Report of the Municipal Commissioner on the plague in Bombay for the year ending 31st May... - Volume 1
Disease focus: Plague
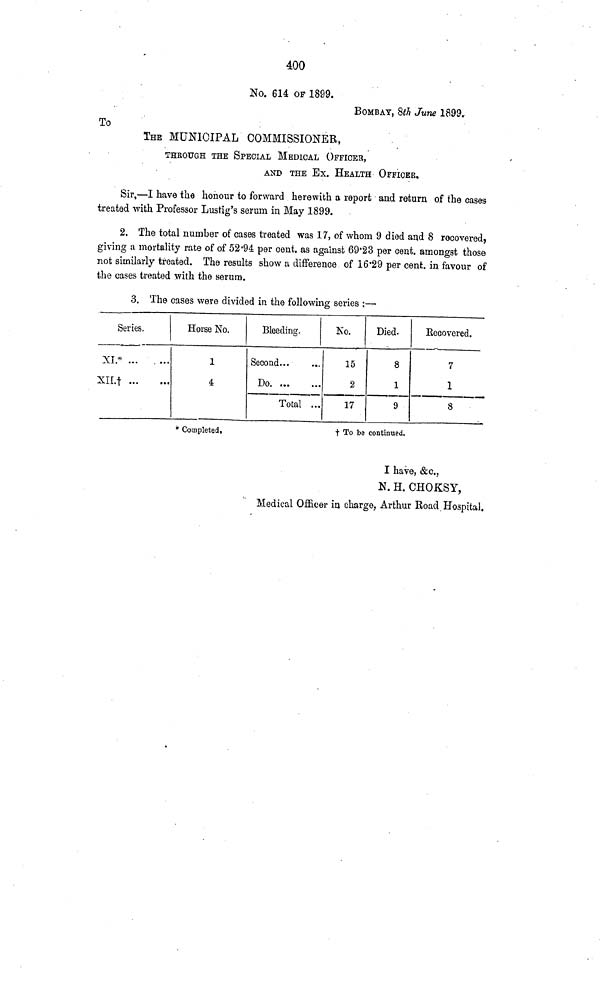
400
No. 614 OP 1899.
BOMBAY, Sth June 1899.
To
THE MUNICIPAL COMMISSIONER,
THROUGH THE SPECIAL MEDICAL OFFICES,
AND THE Ex. HEALTH OFFICER,
Sir,—I have the honour to forward herewith a report and return of the cases
treated with Professor Lustig's serum in May 1899.
2. The total number of cases treated was 17, of whom 9 died and 8 recovered 7
giving a mortality rate of of 52*94 per cent, as against 69*23 per cent, amongst those
not similarly treated. The results show a difference of 16*29 per cent, in favour of
the cases treated with the serum.
3. The cases were divided in the following series :—
Series.
XL*
XII.
Horse No.
1
á
Bleeding.
Second
Do
Total ...
* Completed,
No.
15
2
17
Died.
8
1
9
Kecovered.
7
1
8
t To be continued.
I
have,
&c.
N.
H.
CHOKSY,
Medical Officer iu charge, Arthur Road Hospital.